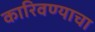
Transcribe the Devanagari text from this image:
कारिवण्याचा